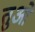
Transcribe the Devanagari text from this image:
तुओ